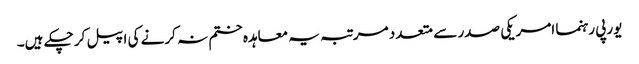
یورپی رہنما امریکی صدر سے متعدد مرتبہ یہ معاہدہ ختم نہ کرنے کی اپیل کر چکے ہیں۔